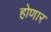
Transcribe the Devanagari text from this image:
हो़णार